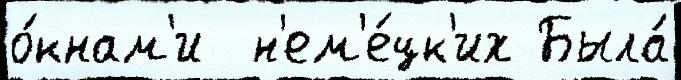
о́кнам'и  н'ем'е́цк'их Была́